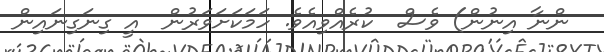
ންނާ އިނުން) ވެސް  ކުރެއްވިއެވެ. ހަމަކަށަވަރުން  އީ ގިނަގިނައިން